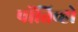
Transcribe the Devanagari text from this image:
पोंतिव्हो